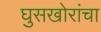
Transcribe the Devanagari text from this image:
घुसखोरांचा